Sanitation, dispensaries and jails vaccination Rajputana 1922-1927 - 1922-1927
Year: 1922
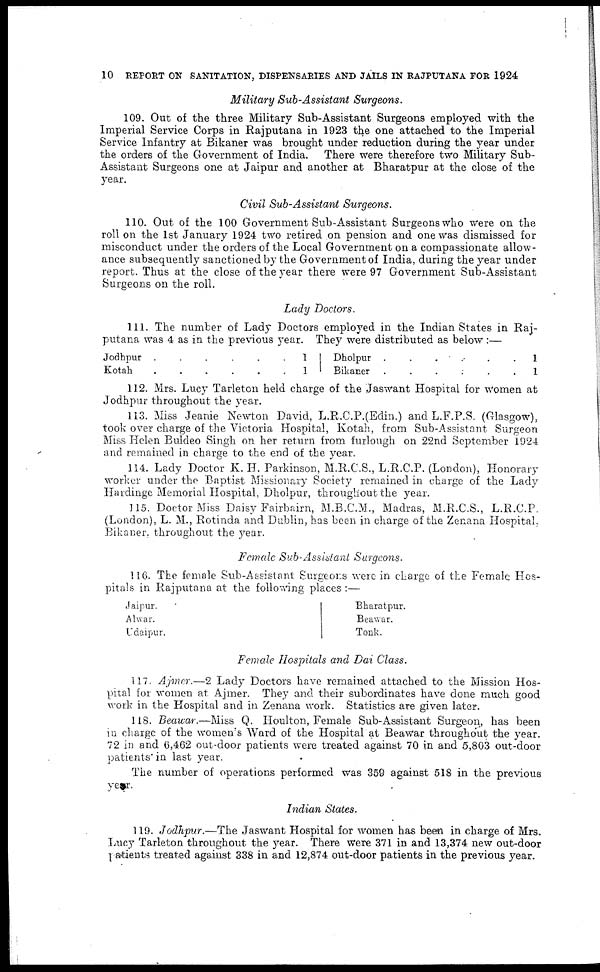
10 REPORT ON SANITATION, DISPENSARIES AND JAILS IN RAJPUTANA FOR 1924
Military Sub-Assistant
Surgeons.
109. Out of the three Military Sub-Assistant Surgeons employed with the
Imperial Service Corps in Rajputana in 1923 the one attached to the Imperial
Service Infantry at Bikaner was brought under reduction during the year under
the orders of the Government of India. There were therefore two Military Sub-
Assistant Surgeons one at Jaipur and another at Bharatpur at the close of the
year.
Civil Sub-Assistant Surgeons.
110. Out of the 100 Government Sub-Assistant Surgeons who were on the
roll on the 1st January 1924 two retired on pension and one was dismissed for
misconduct under the orders of the Local Government on a compassionate allow-
ance subsequently sanctioned by the Government of India, during the year under
report. Thus at the close of the year there were 97 Government Sub-Assistant
Surgeons on the roll.
Lady Doctors.
111. The number of Lady Doctors employed in the Indian States in Raj-
putana was 4 as in the previous year. They were distributed as below :—
Jodhpur
......
Kotah
......
1
1
Dholpur
......
Bikaner
......
1
1
112. Mrs. Lucy Tarleton held charge of the Jaswant Hospital for women at
Jodhpur throughout the year.
113. Miss Jeanie Newton David, L.R.C,P.(Edin.) and L.F.P.S. (Glasgow),
took over charge of the Victoria Hospital, Kotah, from Sub-Assistant Surgeon
Miss Helen Buldeo Singh on her return from furlough on 22nd September 1924
and remained in charge to the end of the year.
114. Lady Doctor K. H. Parkinson, M.R.C.S., L.R.C.P. (London), Honorary
worker under the Baptist Missionary Society remained in charge of the Lady
Hardinge Memorial Hospital, Dholpur, throughout the year.
115. Doctor Miss Daisy Fairbairn, M.B.C.M., Madras, M.R.C.S., L.R.C.P.
(London), L. M., Rotinda and Dublin, has been in charge of the Zenana Hospital.
Bikaner. throughout the year.
Female Sub-Assistant
Surgeons.
116. The female Sub-Assistant Surgeons were in charge of the Female Hos-
pitals in Rajputana at the following places :—
Jaipur.
Alwar.
Udaipur.
Bharatpur.
Beawar.
Tonk.
Female Hospitals and Dai Class.
117. Ajmer.—2 Lady Doctors have remained attached to the Mission Hos-
pital for women at Ajmer. They and their subordinates have done much good
work in the Hospital and in Zenana work. Statistics are given later.
118. Beawar.—Miss Q. Houlton, Female Sub-Assistant Surgeon, has been
in charge of the women's Ward of the Hospital at Beawar throughout the year.
72 in and 6,462 out-door patients were treated against 70 in and 5,803 out-door
patients' in last year.
The number of operations performed was 359 against 518 in the previous
year.
Indian States.
119. Jodhpur.—The Jaswant Hospital for women has been in charge of Mrs.
Lucy Tarleton throughout the year. There were 371 in and 13,374 new out-door
patients treated against 338 in and 12,874 out-door patients in the previous year.